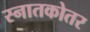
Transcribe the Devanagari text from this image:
स्‍नातकोतर